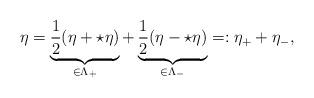
LaTeX: \begin{align*} \eta=\underbrace{\frac{1}{2}(\eta+\star\eta)}_{\in\Lambda_+}+\underbrace{\frac{1}{2}(\eta-\star\eta)}_{\in\Lambda_-}=:\eta_+ +\eta_-,\end{align*}